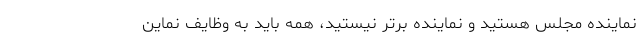
نماینده مجلس هستید و نماینده برتر نیستید، همه باید به وظایف نماین